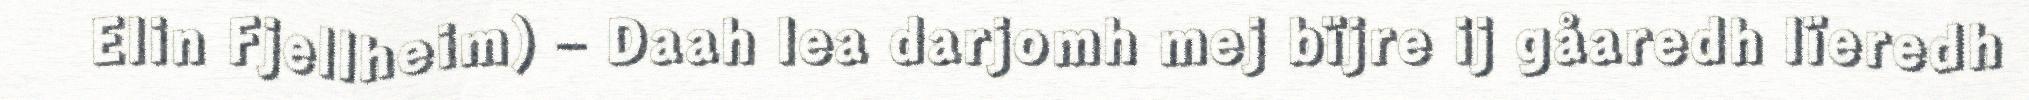
Elin Fjellheim) – Daah lea darjomh mej bïjre ij gåaredh lïeredh